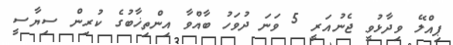
ޕިއްލޭ ވިދާޅުވީ ޖެނުއަރީ 5 ވަނަ ދުވަހު ބާއްވާ އިންތިޚާބުގެ ކުރިން ސިޔާސީ